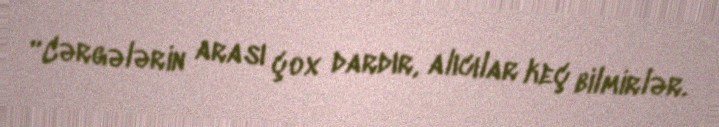
“Cərgələrin arası çox dardır, alıcılar keç bilmirlər.